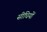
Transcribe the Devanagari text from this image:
सीधियों